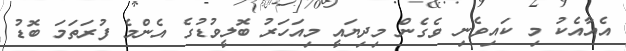
އެއާއެކު މި ކައިވެނި ވެގެން މިދިޔައީ މިއަހަރު ބޮލީވުޑުގެ އެންމެ ފުރަތަމަ ބޮޑު